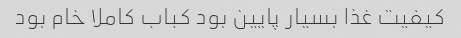
کیفیت غذا بسیار پایین بود کباب کاملا خام بود